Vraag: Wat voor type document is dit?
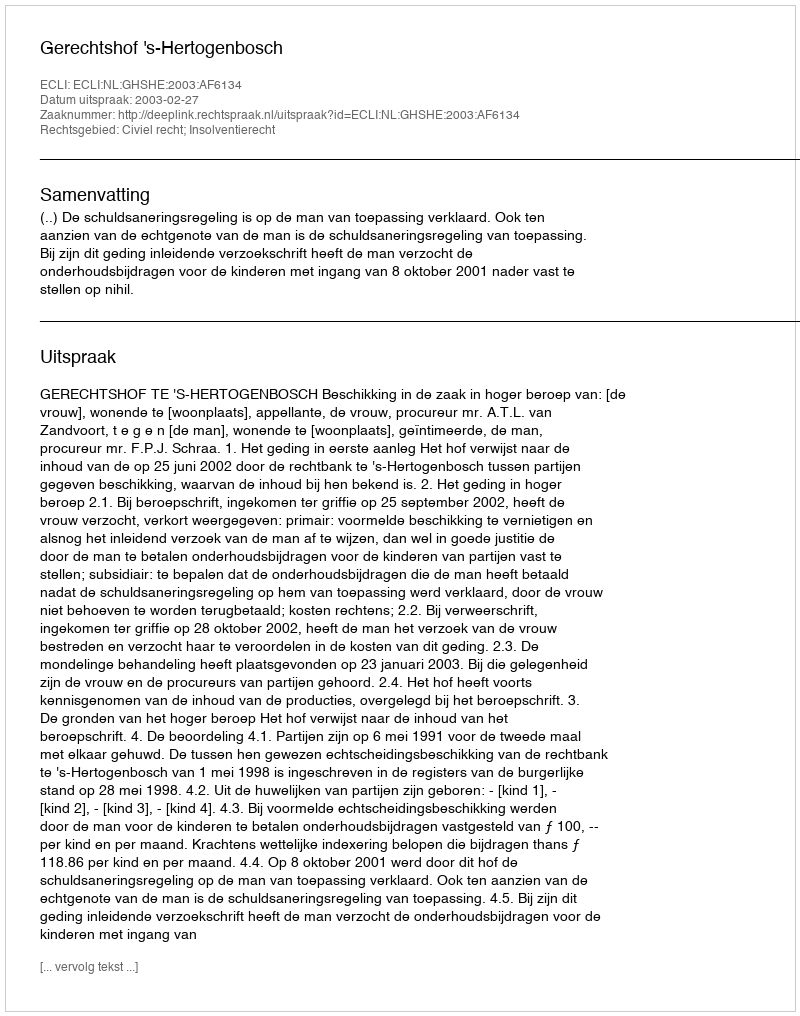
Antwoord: Uitspraak